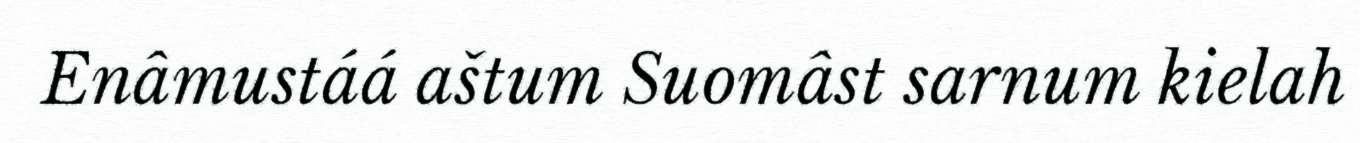
Enâmustáá aštum Suomâst sarnum kielah